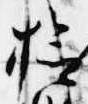
検